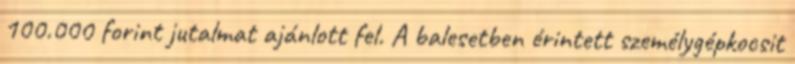
100.000 forint jutalmat ajánlott fel. A balesetben érintett személygépkocsit